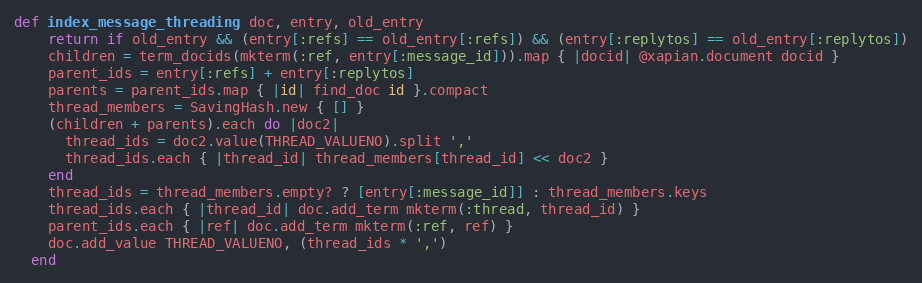
Language: Ruby
def index_message_threading doc, entry, old_entry
    return if old_entry && (entry[:refs] == old_entry[:refs]) && (entry[:replytos] == old_entry[:replytos])
    children = term_docids(mkterm(:ref, entry[:message_id])).map { |docid| @xapian.document docid }
    parent_ids = entry[:refs] + entry[:replytos]
    parents = parent_ids.map { |id| find_doc id }.compact
    thread_members = SavingHash.new { [] }
    (children + parents).each do |doc2|
      thread_ids = doc2.value(THREAD_VALUENO).split ','
      thread_ids.each { |thread_id| thread_members[thread_id] << doc2 }
    end
    thread_ids = thread_members.empty? ? [entry[:message_id]] : thread_members.keys
    thread_ids.each { |thread_id| doc.add_term mkterm(:thread, thread_id) }
    parent_ids.each { |ref| doc.add_term mkterm(:ref, ref) }
    doc.add_value THREAD_VALUENO, (thread_ids * ',')
  end